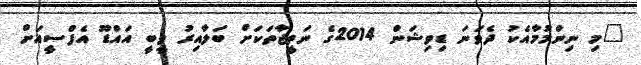
"މި ނިންމުމާއެކު ދެވަނަ ޑިވިޝަން 2014ގެ ނަތީޖާތަކަށް ބަލާއިރު ވީބީ އައްޑޫ އެފްސީއަށް